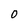
Character: 0